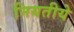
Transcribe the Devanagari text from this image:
नियतीये